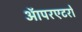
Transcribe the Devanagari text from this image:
ऑपरएटरों